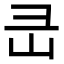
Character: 㞪